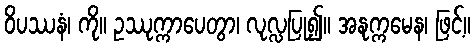
ဝိပဿနံ၊ ကို။ ဥဿုက္ကာပေတွာ၊ လုလ္လပြု၍။ အနုက္ကမေန၊ ဖြင့်။